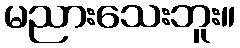
မညားသေးဘူး။